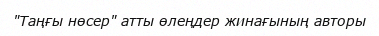
"Таңғы нөсер" атты өлеңдер жинағының авторы